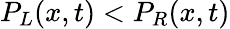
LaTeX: P_{L}(x,t)<P_{R}(x,t)